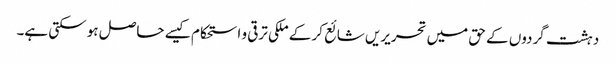
دہشت گردوں کے حق میں تحریریں شائع کر کے ملکی ترقی و استحکام کیسے حاصل ہو سکتی ہے۔